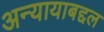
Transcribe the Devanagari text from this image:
अन्यायाबद्दल